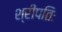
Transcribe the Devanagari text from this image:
श्रीपतिः